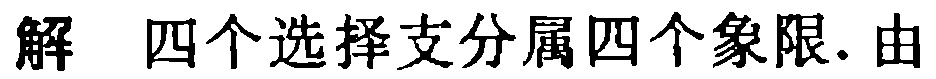
解 四个选择支分属四个象限. 由